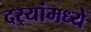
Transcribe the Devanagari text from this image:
दर्‍यांमध्ये